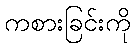
ကစားခြင်းကို